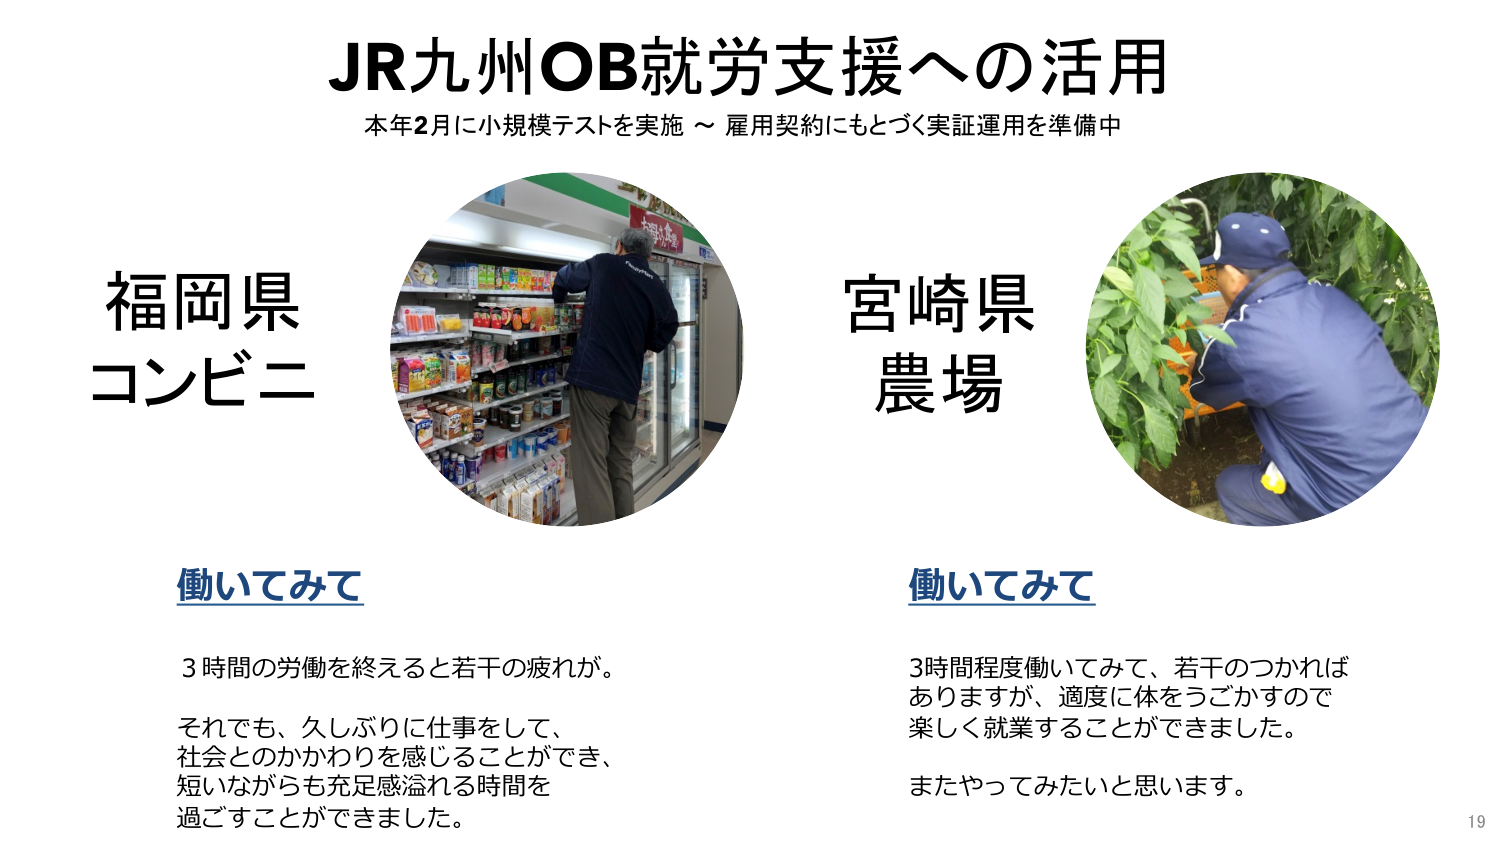
JR九州OB就労支援への活用
本年2月に小規模テストを実施 ～ 雇用契約にもとづく実証運用を準備中

福岡県
コンビニ

宮崎県
農場

働いてみて
3時間の労働を終えると若干の疲れが。
それでも、久しぶりに仕事をして、
社会とのかかわりを感じることができ、
短いながらも充足感溢れる時間を
過ごすことができました。

働いてみて
3時間程度働いてみて、若干のつかれは
ありますが、適度に体をうごかすので
楽しく就業することができました。
またやってみたいと思います。

19